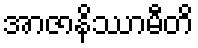
အာဇာနိဿာမီတိ